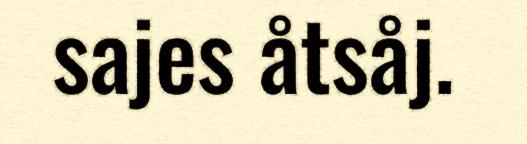
sajes åtsåj.